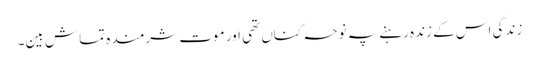
زندگی اس کے زندہ رہنے پہ نوحہ کناں تھی اور موت شرمندہ تماش بین۔